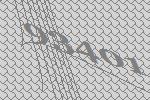
93401